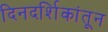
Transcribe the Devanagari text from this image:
दिनदर्शिकांतून